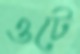
ওটে